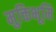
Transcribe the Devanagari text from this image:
मुक्तिभूमि